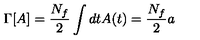
\Gamma [ A ] = \frac { N _ { f } } { 2 } \int d t A ( t ) = \frac { N _ { f } } { 2 } a